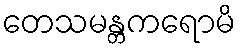
တေသမန္တကရောမိ